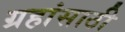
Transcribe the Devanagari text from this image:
ग्रहांसाठी